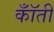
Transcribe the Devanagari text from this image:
कॉँती